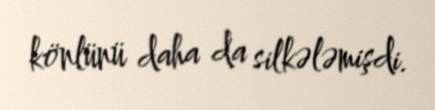
könlünü daha da silkələmişdi.